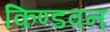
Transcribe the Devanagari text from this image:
किण्डवन